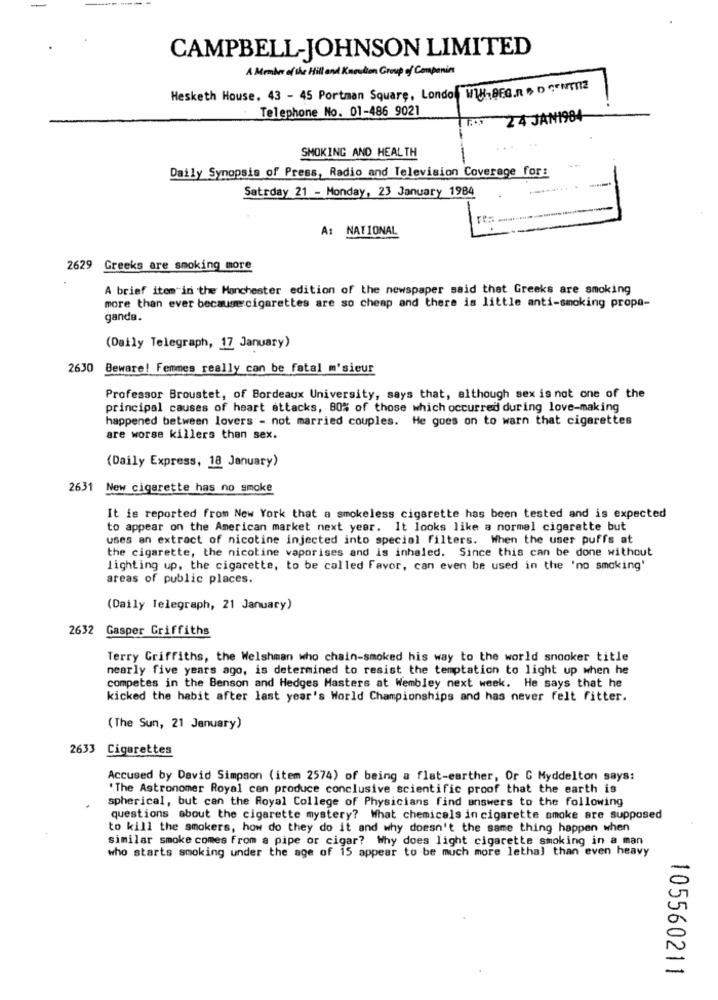
CAMPBELL-JOHNSON LIMITED
A Member of the Hill and Knowlton Group of Companies
Hesketh House, 43 - 45 Portman Square, Londo WWW.BEG.R & D CENT112
Telephone No. 01-486 9021
24 JANI984
SMOKING AND HEALTH
Daily Synopsis of Press, Radio and Television Coverage for:
Satrday 21 - Monday, 23 January 1984
A: NATIONAL
2629 Greeks are smoking more
A brief item in the Manchester edition of the newspaper said that Greeks are smoking
more than ever because cigarettes are so cheap and there is little anti-smoking propa-
ganda.
(Daily Telegraph, 17 January)
2630
Beware! Femmes really can be fatal m'sieur
Professor Broustet, of Bordeaux University, says that, although sex is not one of the
principal causes of heart attacks, 80% of those which occurred during love-making
happened between lovers - not married couples. He goes on to warn that cigarettes
are worse killers than sex.
(Daily Express, 18 January)
2631
New cigarette has no smoke
It is reported from New York that a smokeless cigarette has been tested and is expected
to appear on the American market next year. It looks like a normal cigarette but
uses an extract of nicotine injected into special filters. When the user puffs at
the cigarette, the nicotine vaporises and is inhaled. Since this can be done without
lighting up, the cigarette, to be called Favor, can even be used in the 'no smoking'
areas of public places.
(Daily Telegraph, 21 January)
2632 Gasper Griffiths
Terry Griffiths, the Welshman who chain-smoked his way to the world snooker title
nearly five years ago, is determined to resist the temptation to light up when he
competes in the Benson and Hedges Masters at Wembley next week. He says that he
kicked the habit after last year's World Championships and has never felt fitter.
(The Sun, 21 January)
2633
Cigarettes
Accused by David Simpson (item 2574) of being a flat-earther, Or G Myddelton says:
'The Astronomer Royal can produce conclusive scientific proof that the earth is
spherical, but can the Royal College of Physicians find answers to the following
questions about the cigarette mystery? What chemicals in cigarette smoke are supposed
to kill the smokers, how do they do it and why doesn't the same thing happen when
similar smoke comes from a pipe or cigar? Why does light cigarette smoking in a man
who starts smoking under the age of 15 appear to be much more lethal than even heavy
105560211